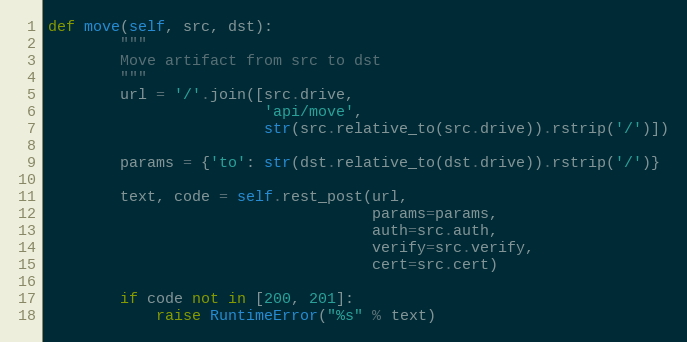
Language: Python
def move(self, src, dst):
        """
        Move artifact from src to dst
        """
        url = '/'.join([src.drive,
                        'api/move',
                        str(src.relative_to(src.drive)).rstrip('/')])

        params = {'to': str(dst.relative_to(dst.drive)).rstrip('/')}

        text, code = self.rest_post(url,
                                    params=params,
                                    auth=src.auth,
                                    verify=src.verify,
                                    cert=src.cert)

        if code not in [200, 201]:
            raise RuntimeError("%s" % text)